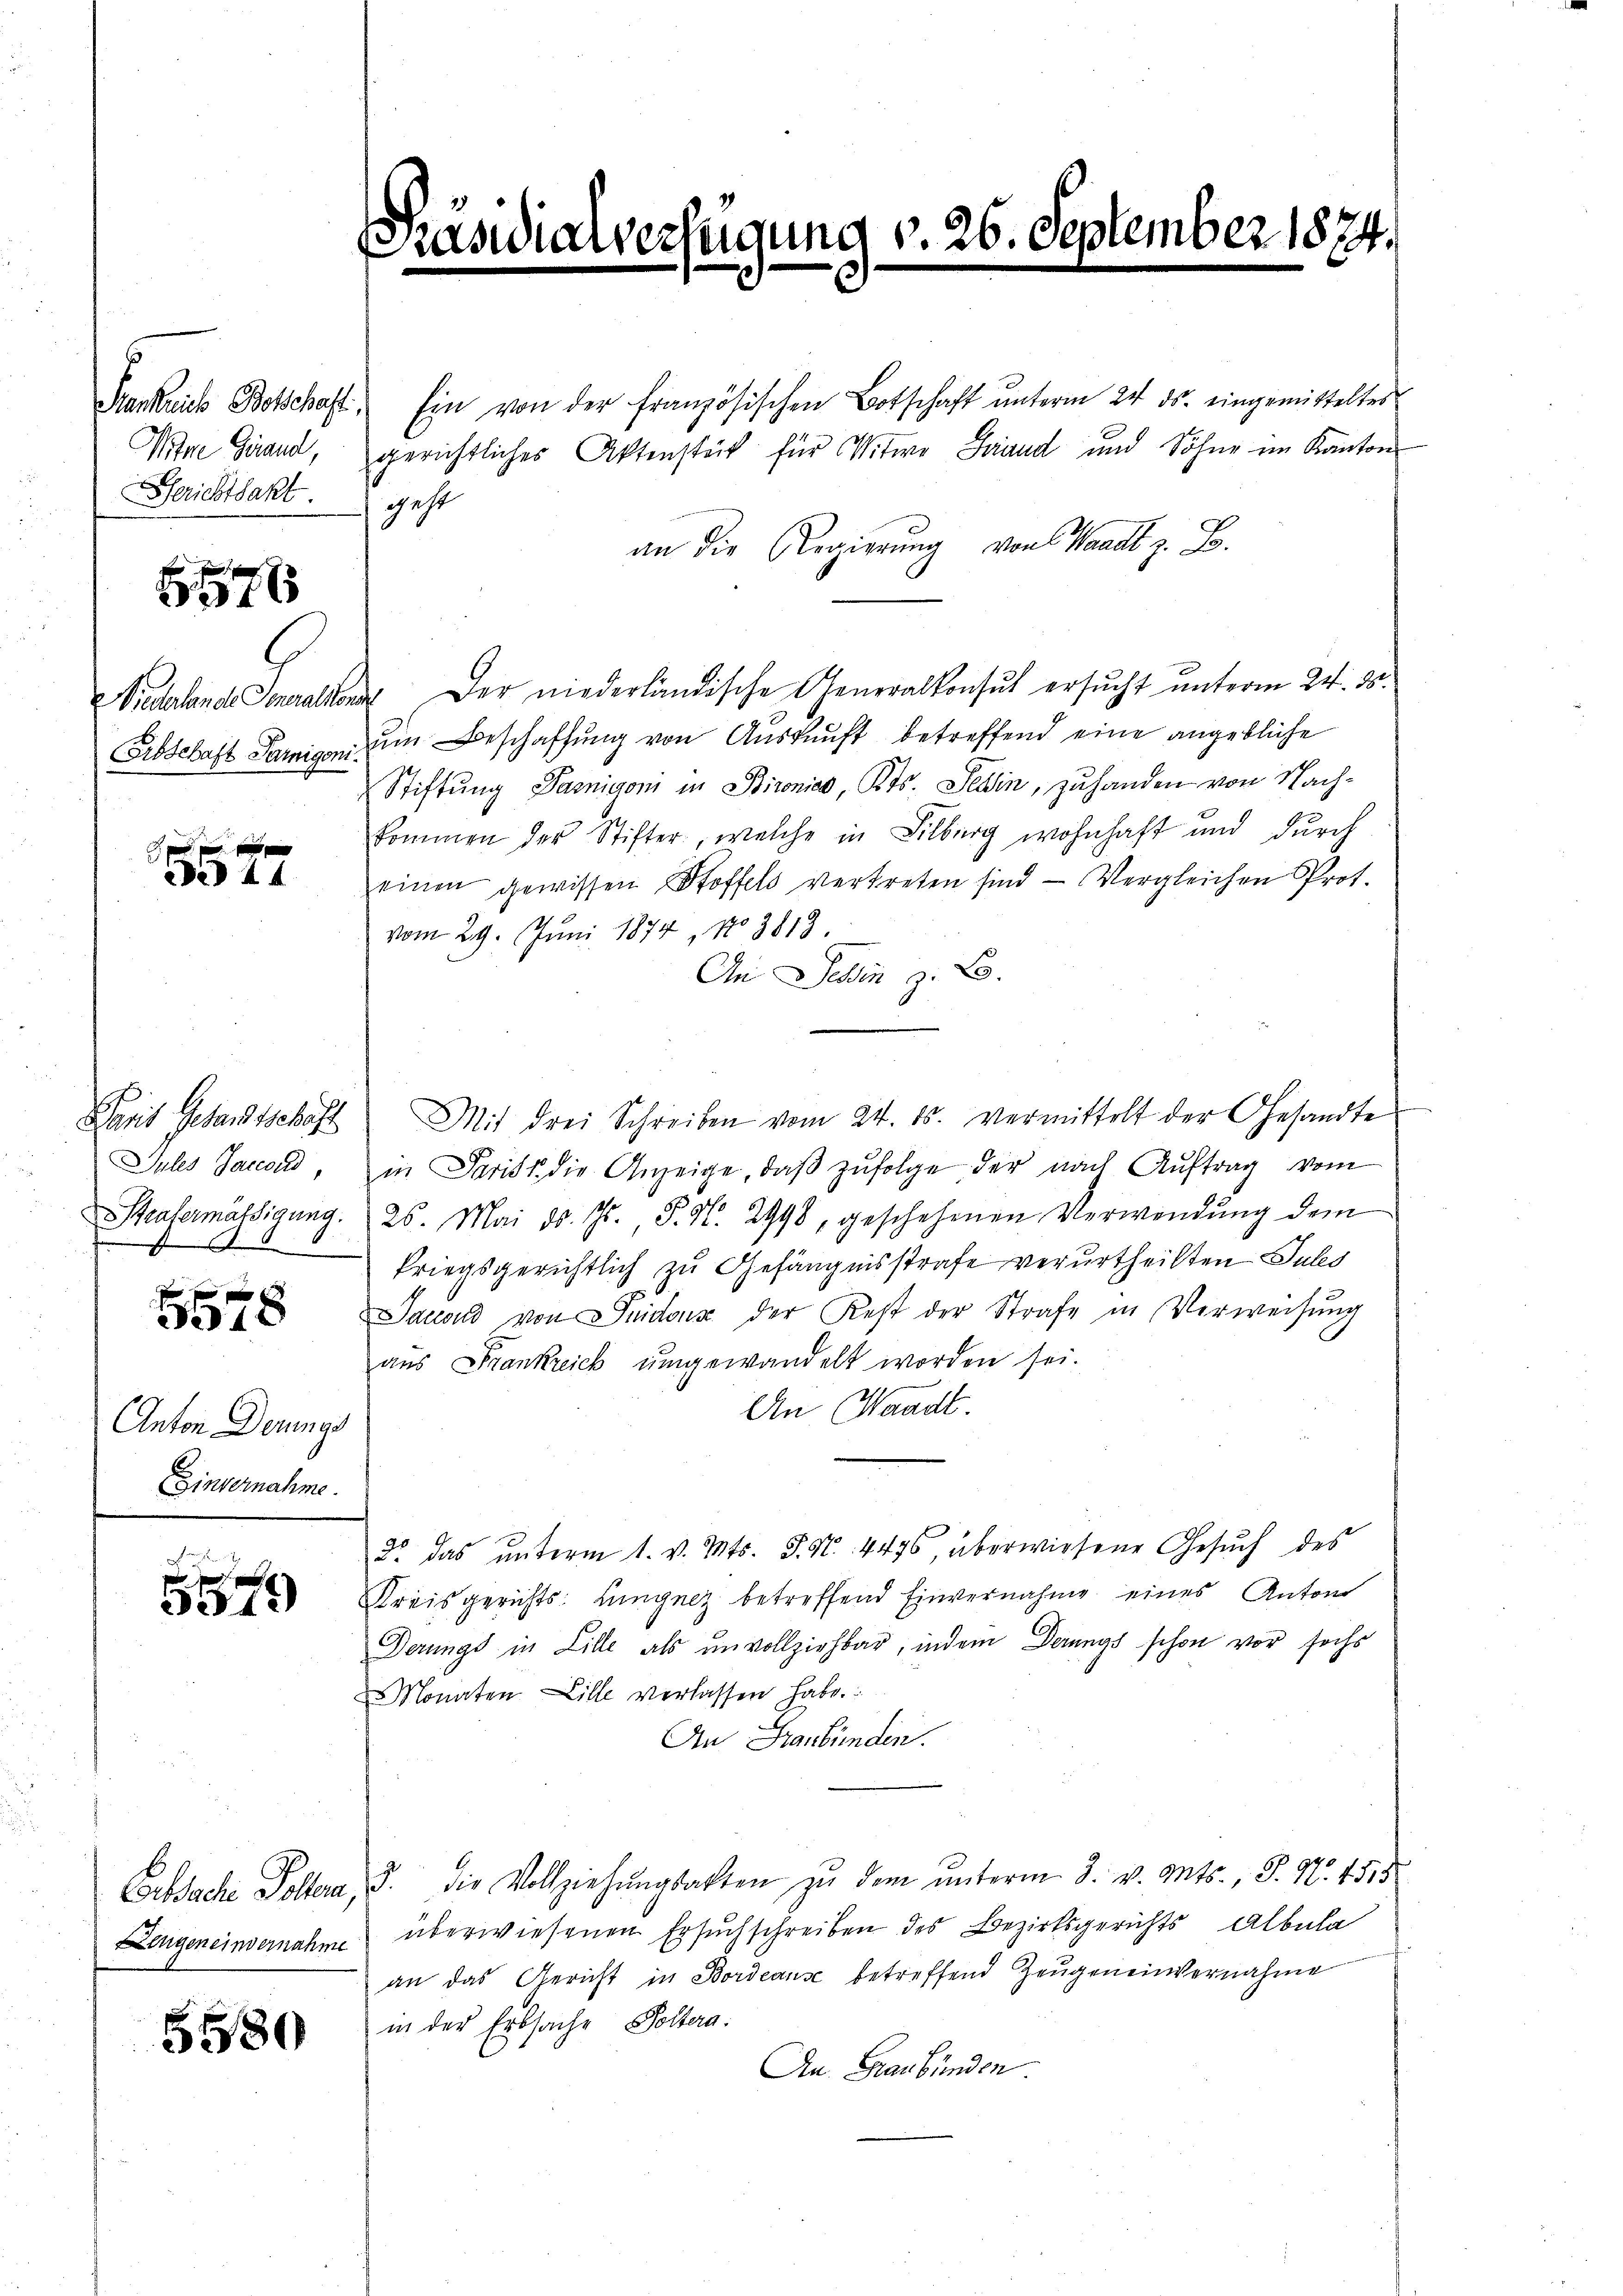
Mine Grand,
Gerichtsakt

6576

s
Diederlande Generaliton
Arbschaft Tornigoni.

1 f 0 x
44

Damit Gesandtschäft
Jules Saccord
Strafermässigung.
x
.

f
310

Anton Derungs
Einvernahme.

e
 x
5349)

Enssache Polten,
Zeugen einvernahme

5580

Präsidia

Henkrich Botschaft, Ein von der französischen Botschaft ŭnterm 24. ds. eingemittelter
gerichtliches Aktenstück für Witwe Band und Söhne im Kanton
geht
an die Regierung von Waadt z. B.
 Der niederländische Generalkonsul ersucht unterm 24. ds.
um Beschaffung von Auskunft betreffend eine angebliche
Stiftung Parigoni in Bironico, Kts. Selin, zu handen von Nachkommen der Stifter, welche in Silberg wohnhaft und durch
einen gewissen Stoffels vertreten sind - Vergleichen Prot.
vom 29. Juni 1874, No 3813.
An Dein z. B.
Mit drei Schreiben vom 24. ds. vermittelt der Gesandte
in Parist die Anzeige, daβ zŭfolge der nach Auftrag vom
26. Mai d. Js. P. N. 2998, geschehenen Verwendŭng dem
kriegsgerichtlich zu Gefängnisstrafe verurtheilten Jules
Sacond von Suidons der Rest der Strafe in Verweisŭng
aus Frankreich ŭmgewandelt worden sei.
An Waadt.
2. das ŭnterm 1. v. Mts. S. Nr. 4476, überwiesene Gesŭch des
Kreisgerichts- Langnez betreffend Einvernahme eines Anton
Derungs in Lille als unvollziehbar, indem Derungs schon vor sechs
Monaten Lille verlassen habe.
An Graubünden.
3. die Vollziehŭngsakten zŭ dem ŭnterm 3. v. Mts., S. Nr. 4515
überwiesenen Ersuchschreiben des Bezirksgerichts Albula
an das Gericht in Bordeause betreffend Zeugeneinvernahme
in der Erbsache Poltera
An Graubünden

Verfügung v. 26. September 1874.